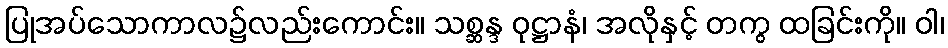
ပြုအပ်သောကာလ၌လည်းကောင်း။ သစ္ဆန္ဒ ဝုဋ္ဌာနံ၊ အလိုနှင့် တကွ ထခြင်းကို။ ဝါ၊